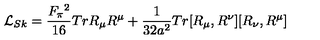
{ \cal L } _ { S k } = \frac { F _ { \pi } { ^ 2 } } { 1 6 } T r R _ { \mu } R ^ { \mu } + \frac { 1 } { 3 2 a ^ { 2 } } T r [ R _ { \mu } , R ^ { \nu } ] [ R _ { \nu } , R ^ { \mu } ]